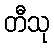
တီသု